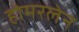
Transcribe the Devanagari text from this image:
होमरलेन